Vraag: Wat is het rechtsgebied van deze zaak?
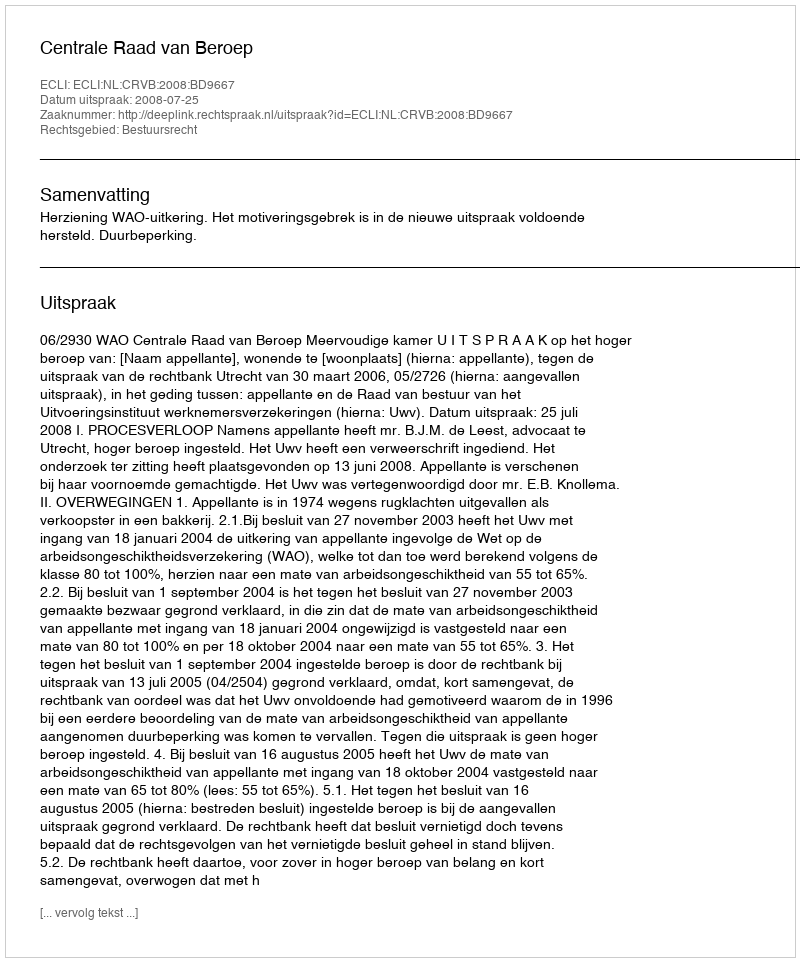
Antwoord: Bestuursrecht